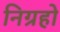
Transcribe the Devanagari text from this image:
निग्रहो